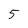
Character: 5